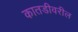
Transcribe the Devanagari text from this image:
कातडीवरील